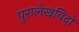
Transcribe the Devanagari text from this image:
पुरालेखविदों